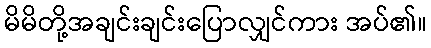
မိမိတို့အချင်းချင်းပြောလျှင်ကား အပ်၏။